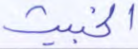
الخبيث